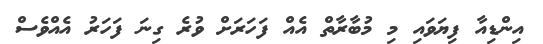
އިންޑިއާ ފިޔަވައި މި މުބާރާތް އެއް ފަހަރަށް ވުރެ ގިނަ ފަހަރު އެއްވެސް